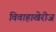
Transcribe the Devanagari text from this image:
विवाहाखेरीज